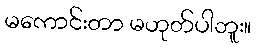
မကောင်းတာ မဟုတ်ပါဘူး။